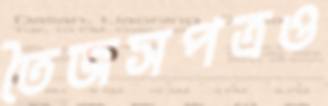
তৈজসপত্রও